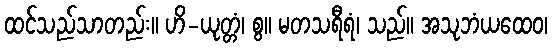
ထင်သည်သာတည်း။ ဟိ-ယုတ္တံ၊ စွ။ မတသရီရံ၊ သည်။ အသုဘံယထေဝ၊